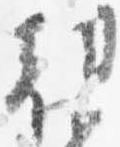
朝